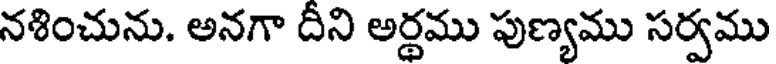
నశించును. అనగా దీని అర్థము పుణ్యము సర్వము